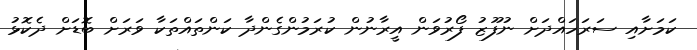
ކަމަށާއި ސަރަހައްދަށް ނުފޫޒު ފޯރުވަން އީރާނުން ކުރަމުންގެންދާ ކަންތައްތަކާ ވަރަށް ބޮޑަށް ދެކޮޅު